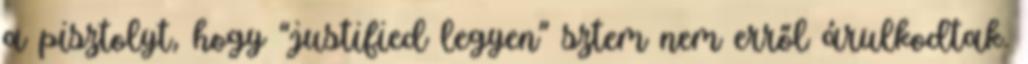
a pisztolyt, hogy “justified legyen” sztem nem erről árulkodtak.